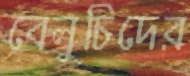
বেলুচিদের